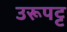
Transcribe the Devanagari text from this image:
उरूपट्ट